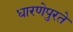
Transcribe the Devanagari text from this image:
धारणेपुरते